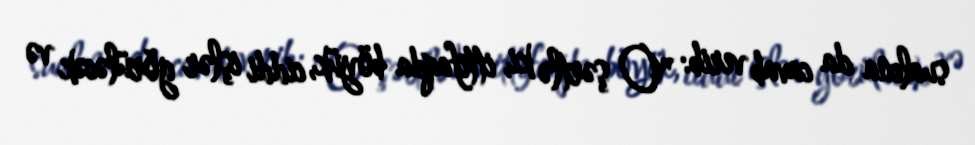
sualına da cavab verib: "O şərtlə ki, ittifaqda böyük, ciddi işlər görüləcək və